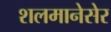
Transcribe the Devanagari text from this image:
शलमानेसेर